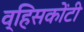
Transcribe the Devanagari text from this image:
व्हिसकोंटी